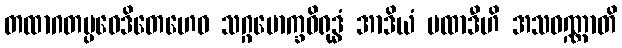
တထာဂတပ္ပဝေဒိတေဟေဝ သဂ္ဂမောက္ခဝိရုဒ္ဓံ အာဒိယံ ပထာဒီဟိ အသဝဏ္ဏာတိ